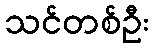
သင်တစ်ဦး